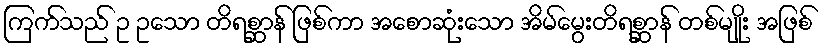
ကြက်သည် ဥ ဥသော တိရစ္ဆာန် ဖြစ်ကာ အစောဆုံးသော အိမ်မွေးတိရစ္ဆာန် တစ်မျိုး အဖြစ်